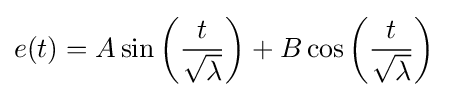
e(t)=A\sin \left({\frac {t}{\sqrt {\lambda }}}\right)+B\cos \left({\frac {t}{\sqrt {\lambda }}}\right)